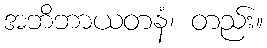
အဘိဘာယတနံ၊ တည်း။